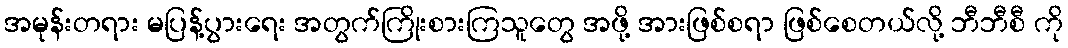
အမုန်းတရား မပြန့်ပွားရေး အတွက်ကြိုးစားကြသူတွေ အဖို့ အားဖြစ်စရာ ဖြစ်စေတယ်လို့ ဘီဘီစီ ကို